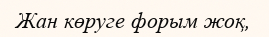
Жан көруге форым жоқ,